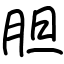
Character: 胆